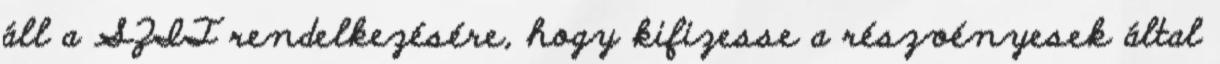
áll a SZIT rendelkezésére, hogy kifizesse a részvényesek által